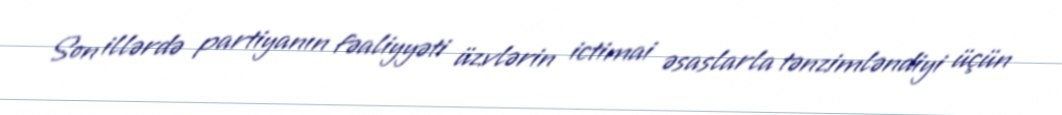
Son illərdə partiyanın fəaliyyəti üzvlərin ictimai əsaslarla tənzimləndiyi üçün